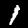
Label: 1